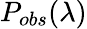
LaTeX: P_{obs}(\lambda)